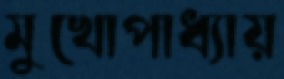
মুখোপাধ্যায়